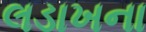
લડાખના